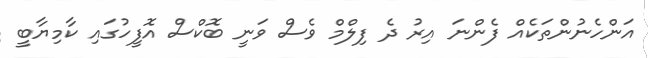
އަންހެނުންތަކެއް ފެންނަ އިރު ދެ ފިލްމް ވެސް ވަނީ ބޮކްސް އޮފީހުގައި ކާމިޔާބީ